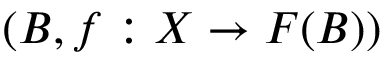
( B , f : X \to F ( B ) )